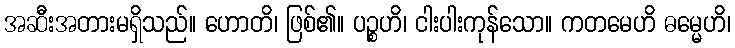
အဆီးအတားမရှိသည်။ ဟောတိ၊ ဖြစ်၏။ ပဉ္စဟိ၊ ငါးပါးကုန်သော။ ကတမေဟိ ဓမ္မေဟိ၊